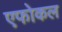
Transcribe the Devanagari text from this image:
एफोकल